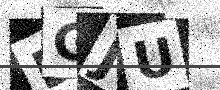
Text: DGJU